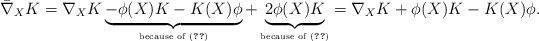
LaTeX: \begin{align*} \bar \nabla_X K = \nabla_X K \underbrace{- \phi(X) K - K(X) \phi}_{\textrm{\tiny because of \eqref{ast2}}} + \underbrace{ 2 \phi(X) K}_{\textrm{\tiny because of \eqref{cov2}}} = \nabla_X K + \phi(X) K - K(X) \phi. \end{align*}